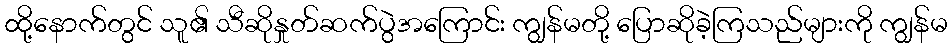
ထို့နောက်တွင် သူ၏ သီဆိုနှုတ်ဆက်ပွဲအကြောင်း ကျွန်မတို့ ပြောဆိုခဲ့ကြသည်များကို ကျွန်မ